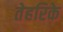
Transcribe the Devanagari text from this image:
तेहरिके